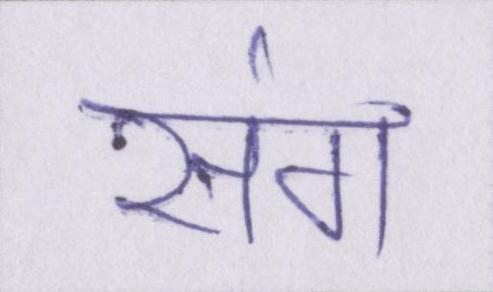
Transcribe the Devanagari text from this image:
संग